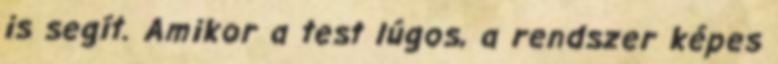
is segít. Amikor a test lúgos, a rendszer képes